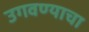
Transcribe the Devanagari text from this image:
उगवण्याचा